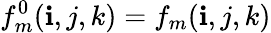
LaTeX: f_{m}^{0}(\mathbf{i},j,k)=f_{m}(\mathbf{i},j,k)